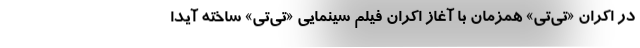
در اکران «تی‌تی» همزمان با آغاز اکران فیلم سینمایی «تی‌تی» ساخته آیدا